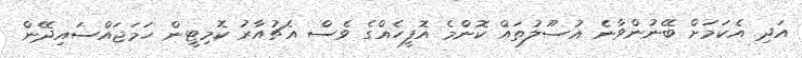
އަދި އެކަމަށް ބޭނުންވާނެ އުސޫލުތައް ކޮންމެ އޮފީހެއްގެ ވެސް އެޗުއާރު ކޮމިޓީން ހަމަޖައްސައިދޭން